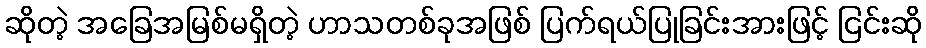
ဆိုတဲ့ အခြေအမြစ်မရှိတဲ့ ဟာသတစ်ခုအဖြစ် ပြက်ရယ်ပြုခြင်းအားဖြင့် ငြင်းဆို